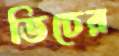
ডিচের